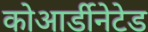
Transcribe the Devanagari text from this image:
कोआर्डीनेटेड